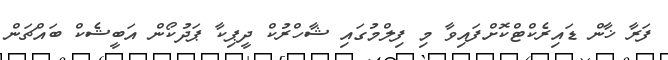
ފަރާ ޚާން ޑައިރެކްޓްކޮށްފައިވާ މި ފިލްމުގައި ޝާހްރުކް ދީޕިކާ ޕަދުކޯން އަބީޝެކް ބައްޗަން